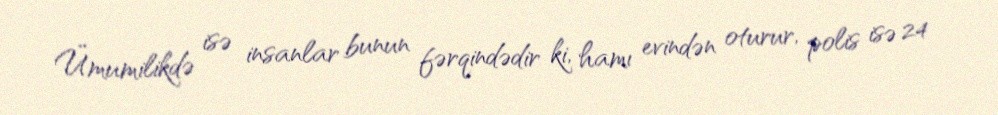
Ümumilikdə isə insanlar bunun fərqindədir ki, hamı evindən oturur, polis isə 24